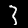
Digit: 3